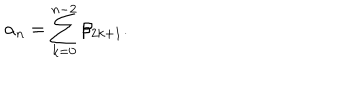
\alpha _ { n } = \sum _ { k = 0 } ^ { n - 2 } \beta _ { 2 k + 1 } .